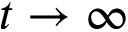
t \rightarrow \infty